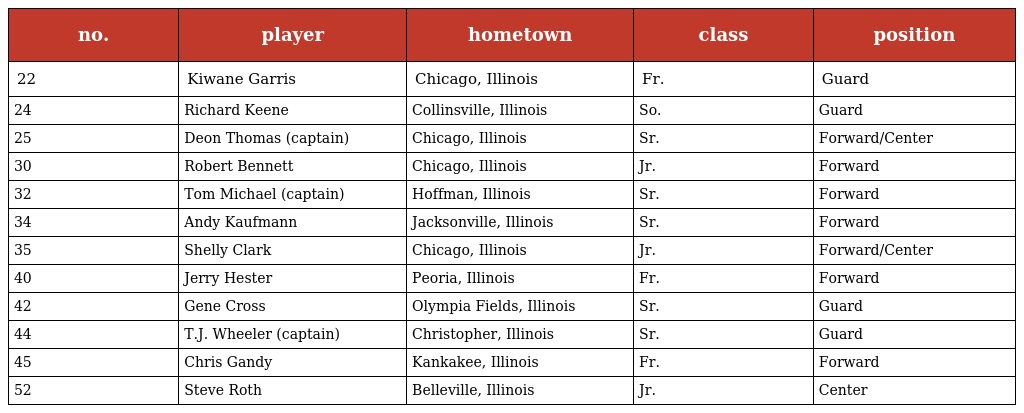
| no. | player | hometown | class | position |
 | --- | --- | --- | --- | --- |
 | 22 | Kiwane Garris | Chicago, Illinois | Fr. | Guard |
 | 24 | Richard Keene | Collinsville, Illinois | So. | Guard |
 | 25 | Deon Thomas (captain) | Chicago, Illinois | Sr. | Forward/Center |
 | 30 | Robert Bennett | Chicago, Illinois | Jr. | Forward |
 | 32 | Tom Michael (captain) | Hoffman, Illinois | Sr. | Forward |
 | 34 | Andy Kaufmann | Jacksonville, Illinois | Sr. | Forward |
 | 35 | Shelly Clark | Chicago, Illinois | Jr. | Forward/Center |
 | 40 | Jerry Hester | Peoria, Illinois | Fr. | Forward |
 | 42 | Gene Cross | Olympia Fields, Illinois | Sr. | Guard |
 | 44 | T.J. Wheeler (captain) | Christopher, Illinois | Sr. | Guard |
 | 45 | Chris Gandy | Kankakee, Illinois | Fr. | Forward |
 | 52 | Steve Roth | Belleville, Illinois | Jr. | Center |